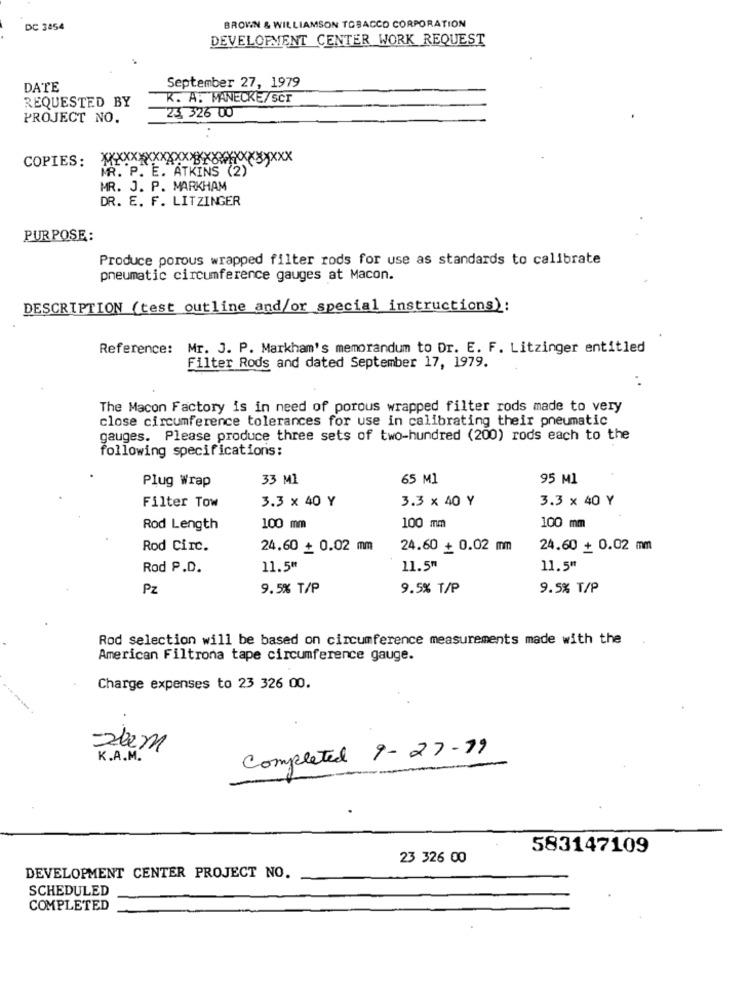
DC 3454
BROWN & WILLIAMSON TOBACCO CORPORATION
DEVELOPMENT CENTER WORK REQUEST
DATE
September 27, 1979
REQUESTED BY
R. A. MANECKE/scr
23 326 00
PROJECT NO.
COPIES:
XXXXXXXXXXXXXXXX
MR. P. E. ATKINS (2)
MR. J. P. MARKHAM
DR. E. F. LITZINGER
PURPOSE:
Produce porous wrapped filter rods for use as standards to calibrate
pneumatic circumference gauges at Macon.
DESCRIPTION (test outline and/or special instructions):
Reference: Mr. J. P. Markham's memorandum to Dr. E. F. Litzinger entitled
Filter Rods and dated September 17, 1979.
The Macon Factory is in need of porous wrapped filter rods made to very
close circumference tolerances for use in calibrating their pneumatic
gauges. Please produce three sets of two-hundred (200) rods each to the
following specifications:
Plug Wrap
33 M1
65 MI
95 Ml
Filter Tow
3.3 × 40 Y
3.3 × 40 Y
3.3 x 40 Y
Rod Length
100 mm
100 mm
100 mm
Rod Circ.
24.60 + 0.02 mm
24.60 + 0.02 mm
24.60 + 0.02 mm
Rod P.D.
11.5"
11.5"
11.5ª
Pz
9.5% T/P
9.5% T/P
9.5% T/P
Rod selection will be based on circumference measurements made with the
American Filtrona tape circumference gauge.
Charge expenses to 23 326 00.
.
zbem
Completed 9-27-79
K.A.M.
583147109
23 326 00
DEVELOPMENT CENTER PROJECT NO.
SCHEDULED
COMPLETED